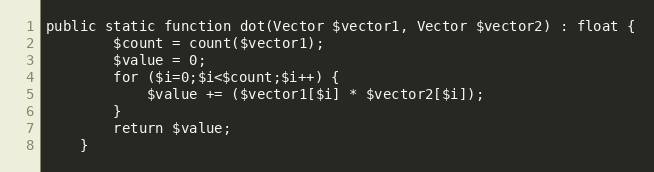
Language: PHP
public static function dot(Vector $vector1, Vector $vector2) : float {
        $count = count($vector1);
        $value = 0;
        for ($i=0;$i<$count;$i++) {
            $value += ($vector1[$i] * $vector2[$i]);
        }
        return $value;
    }